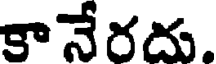
కానేరదు.